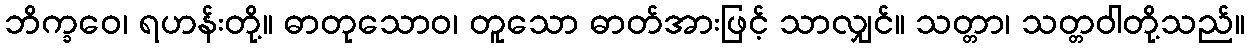
ဘိက္ခဝေ၊ ရဟန်းတို့။ ဓာတုသောဝ၊ တူသော ဓာတ်အားဖြင့် သာလျှင်။ သတ္တာ၊ သတ္တဝါတို့သည်။